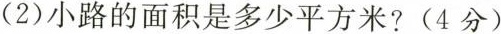
(2)小路的面积是多少平方米?(4分)